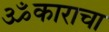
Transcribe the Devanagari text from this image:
ॐकाराचा